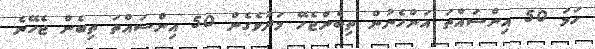
ހަމަ 50 އިިންސައްތަ އަންހެނުން ތިބެންޖެހޭ މަދުވެގެން 50 އިންސައްތަ ތިބެން ޖެހޭނެ